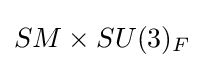
SM\times SU(3)_{F}